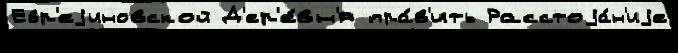
Евр'еjиновской Д'ер'е́вн'я пра́в'ить Расстоjа́н'иjе